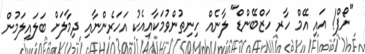
"ނޯޕް! އައި އޭމް ހާރ ހަޒްބޭންޑް" ލާނެއް ހިނިތުންވުމަކާއިއެކު އަހަރެންނާއި ދިމާލަށް ބަލައިލަމުން